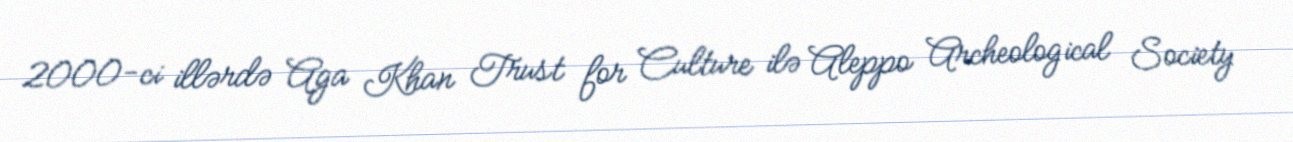
2000-ci illərdə Aga Khan Trust for Culture ilə Aleppo Archeological Society